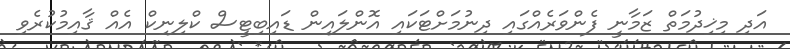
އަދި މިޚިދުމަތް ޒަމާނީ ފެންވަރެއްގައި ދިނުމަށްޓަކައި އޮންލައިން ޑައިބިޓީސް ކްލިނިކް އެއް ޤާއިމުކުރެވި